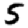
Digit: 5